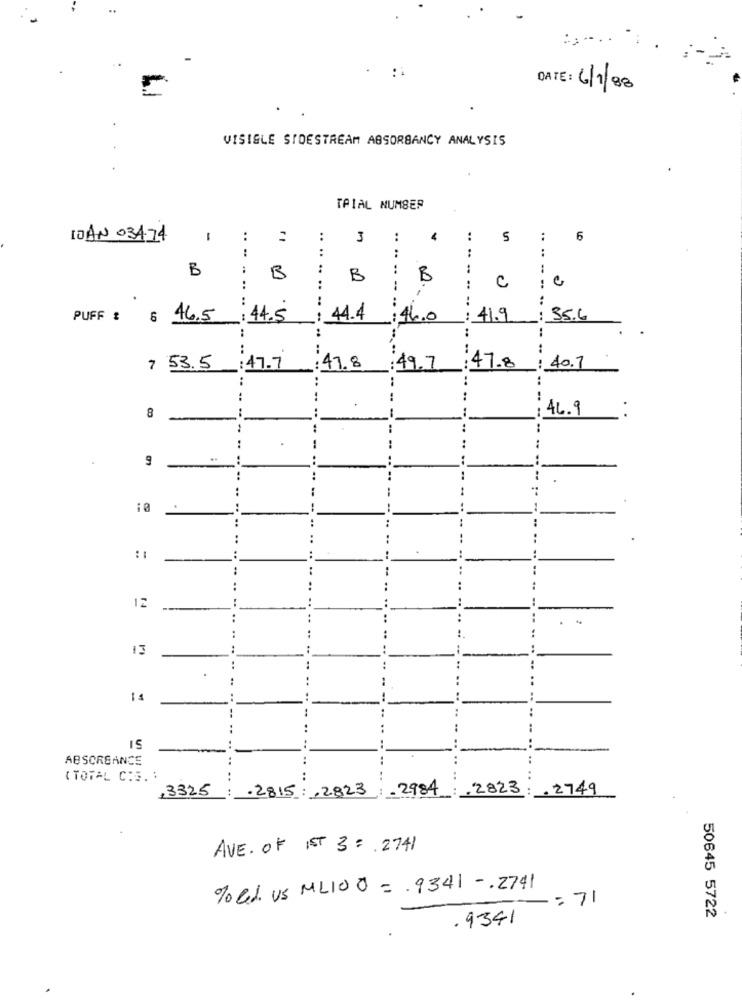
DATE: 6/1/88
VISIGLE SIDESTREAM ABSORBANCY ANALYSIS
TAIAL NUMBER
10 AN 034-74
:
..
3
:
4
..
5
:
6
:
..
:
..
B
:
..
B
B
C
:
--
-..
1 0
.
..
..
PUFF : 6 46.5 : 44.5
:46.0
: 41.9
: 35.6
. ..
:
7 53.5 :47.7
:47.8
:49.7
:47.8
: 40.7
..
..
8
46.9
..
..
:
..
9
..
:
..
...
...
..
:1
..
12
..
13
--
..
--
IS
....
ABSORBANCE
.. .. ..
..
( TOTAL C:S. :
..
..
,3325
.2815 : , 2823
... .. ..
.2984
.2823
.2749
AVE. OF IST 3 : 2741
70 Cd. Us ML100 =. 9341 -. 2741
-: 71
.9341
50645 5722